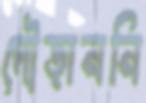
দৌড়াননি